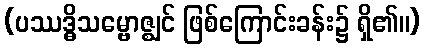
(ပဿဒ္ဓိသမ္ဗောဇ္ဈင် ဖြစ်ကြောင်းခန်း၌ ရှိ၏။)